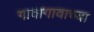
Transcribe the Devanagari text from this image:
गावागावाच्या